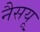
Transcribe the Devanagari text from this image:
नैसयू